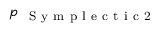
p _ { \mathrm { ~ { ~ S ~ y ~ m ~ p ~ l ~ e ~ c ~ t ~ i ~ c ~ 2 ~ } ~ } }